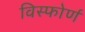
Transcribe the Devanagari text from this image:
विस्फोर्ण